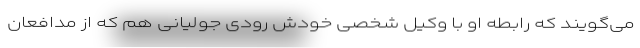
می‌گویند که رابطه‌ او با وکیل شخصی خودش رودی جولیانی هم که از مدافعان